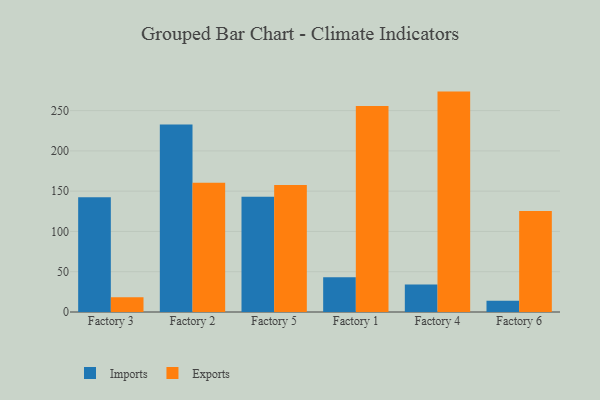
{"axis": {"x": "Factory", "y": "Shipments"}, "legend": ["Exports", "Imports"], "data": [{"x": "Factory 3", "y": 142.4, "type": "Imports"}, {"x": "Factory 3", "y": 18.3, "type": "Exports"}, {"x": "Factory 2", "y": 232.7, "type": "Imports"}, {"x": "Factory 2", "y": 160.4, "type": "Exports"}, {"x": "Factory 5", "y": 143.0, "type": "Imports"}, {"x": "Factory 5", "y": 157.6, "type": "Exports"}, {"x": "Factory 1", "y": 43.2, "type": "Imports"}, {"x": "Factory 1", "y": 255.6, "type": "Exports"}, {"x": "Factory 4", "y": 34.2, "type": "Imports"}, {"x": "Factory 4", "y": 273.6, "type": "Exports"}, {"x": "Factory 6", "y": 14.0, "type": "Imports"}, {"x": "Factory 6", "y": 125.5, "type": "Exports"}]}